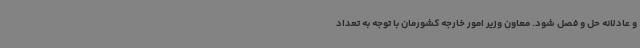
و عادلانه حل و فصل شود. معاون وزیر امور خارجه کشورمان با توجه به تعداد